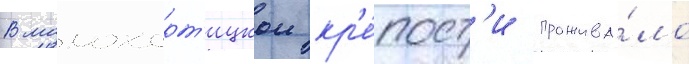
В малохорт'ицкои кр'е́пост'и прожива́ло